Vaccination in Bombay 1874-1876 - 1874-1876
Year: 1874
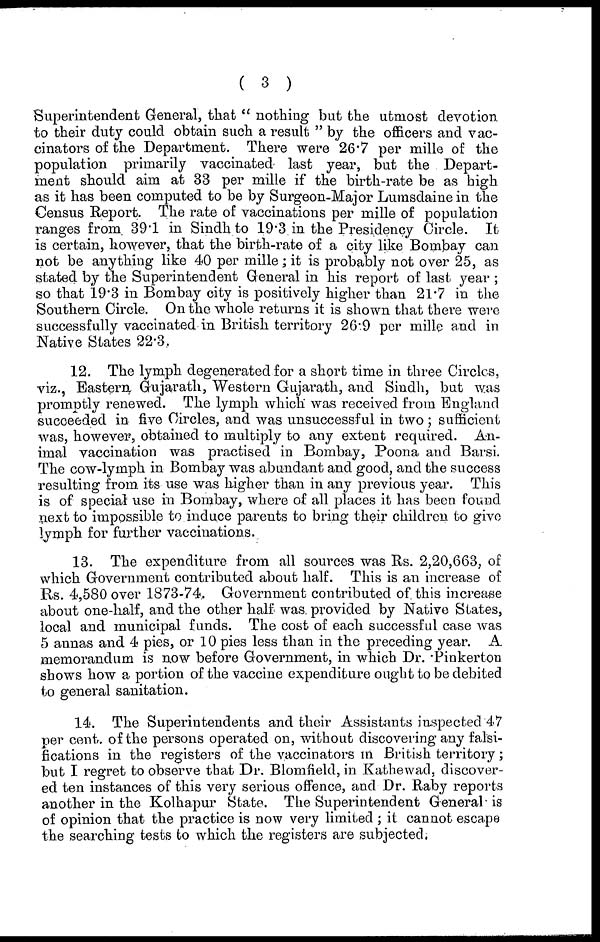
( 3 )
Superintendent General, that " nothing but the utmost devotion
to their duty could obtain such a result " by the officers and vac¬
cinators of the Department. There were 26.7 per mille of the
population primarily vaccinated last year, but the Depart-
ment should aim at 33 per mille if the birth-rate be as high
as it has been computed to be by Surgeon-Major Lumsdaine in the
Census Report. The rate of vaccinations per mille of population
ranges from 39.1 in Sindh to 19.3 in the Presidency Circle. It
is certain, however, that the birth-rate of a city like Bombay can
not be anything like 40 per mille; it is probably not over 25, as
stated by the Superintendent General in his report of last year ;
so that 19.3 in Bombay city is positively higher than 21.7 in the
Southern Circle. On the whole returns it is shown that there were
successfully vaccinated in British territory 26.9 per mille and in
Native States 22.3.
12. The lymph degenerated for a short time in three Circles,
viz., Eastern Gujarath, Western Gujarath, and Sindh, but was
promptly renewed. The lymph which was received from England
succeeded in five Circles, and was unsuccessful in two; sufficient
was, however, obtained to multiply to any extent required. An-
imal vaccination was practised in Bombay, Poona and Barsi.
The cow-lymph in Bombay was abundant and good, and the success
resulting from its use was higher than in any previous year. This
is of special use in Bombay, where of all places it has been found
next to impossible to induce parents to bring their children to give
lymph for further vaccinations.
13. The expenditure from all sources was Rs. 2,20,663, of
which Government contributed about half. This is an increase of
Rs. 4,580 over 1873-74. Government contributed of this increase
about one-half, and the other half was provided by Native States,
local and municipal funds. The cost of each successful case was
5 annas and 4 pies, or 10 pies less than in the preceding year. A
memorandum is now before Government, in which Dr. Pinkerton
shows how a portion of the vaccine expenditure ought to be debited
to general sanitation.
14. The Superintendents and their Assistants inspected 47
per cent. of the persons operated on, without discovering any falsi-
fications in the registers of the vaccinators in British territory;
but I regret to observe that Dr. Blomfield, in Kathewad, discover-
ed ten instances of this very serious offence, and Dr. Raby reports
another in the Kolhapur State. The Superintendent General is
of opinion that the practice is now very limited ; it cannot escape
the searching tests to which the registers are subjected.